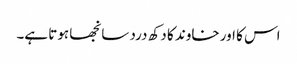
اس کا اور خاوند کا دکھ درد سانجھا ہوتا ہے۔